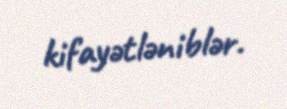
kifayətləniblər.